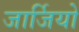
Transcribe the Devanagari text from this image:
जार्जियो